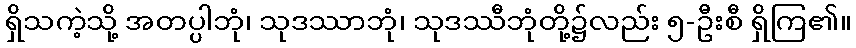
ရှိသကဲ့သို့ အတပ္ပါဘုံ၊ သုဒဿာဘုံ၊ သုဒဿီဘုံတို့၌လည်း ၅-ဦးစီ ရှိကြ၏။